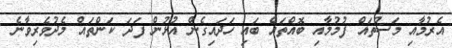
އެރުމާއި މަސްތައް ފުމުމާއި ބޮއްތައް ބައި ހަދައިގެން އުޅުން ފަދަ ކަންތައް މެދުވެރިވާނެ